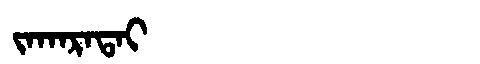
Manchu: ᠵᠠᡴᠠᡵᠠᡨᠠᡳ
Romanization: JAKARATAI